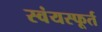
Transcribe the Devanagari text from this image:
स्वंयस्फूर्त